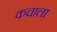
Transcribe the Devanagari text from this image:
कचाला